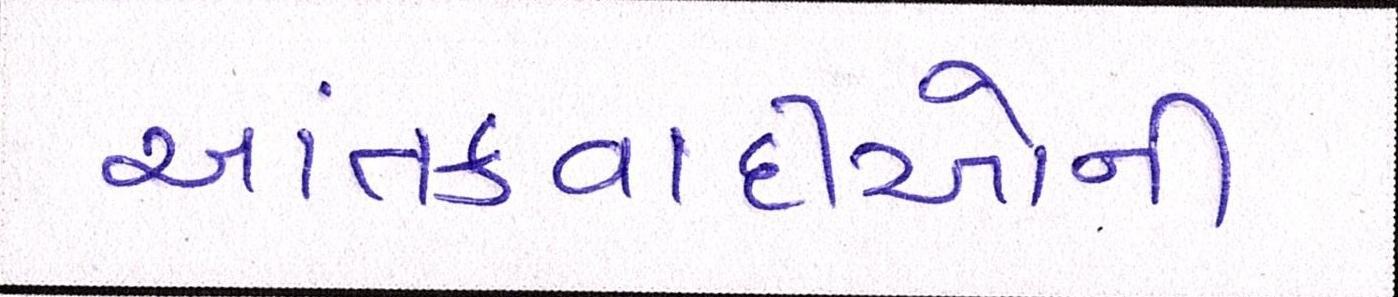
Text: આતંકવાદીઓની